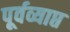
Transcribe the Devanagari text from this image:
पूर्वव्याप्त